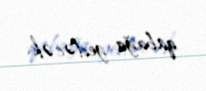
qabağa gedəcək.